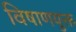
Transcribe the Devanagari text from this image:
विषाणयुक्त